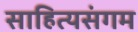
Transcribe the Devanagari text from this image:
साहित्यसंगम